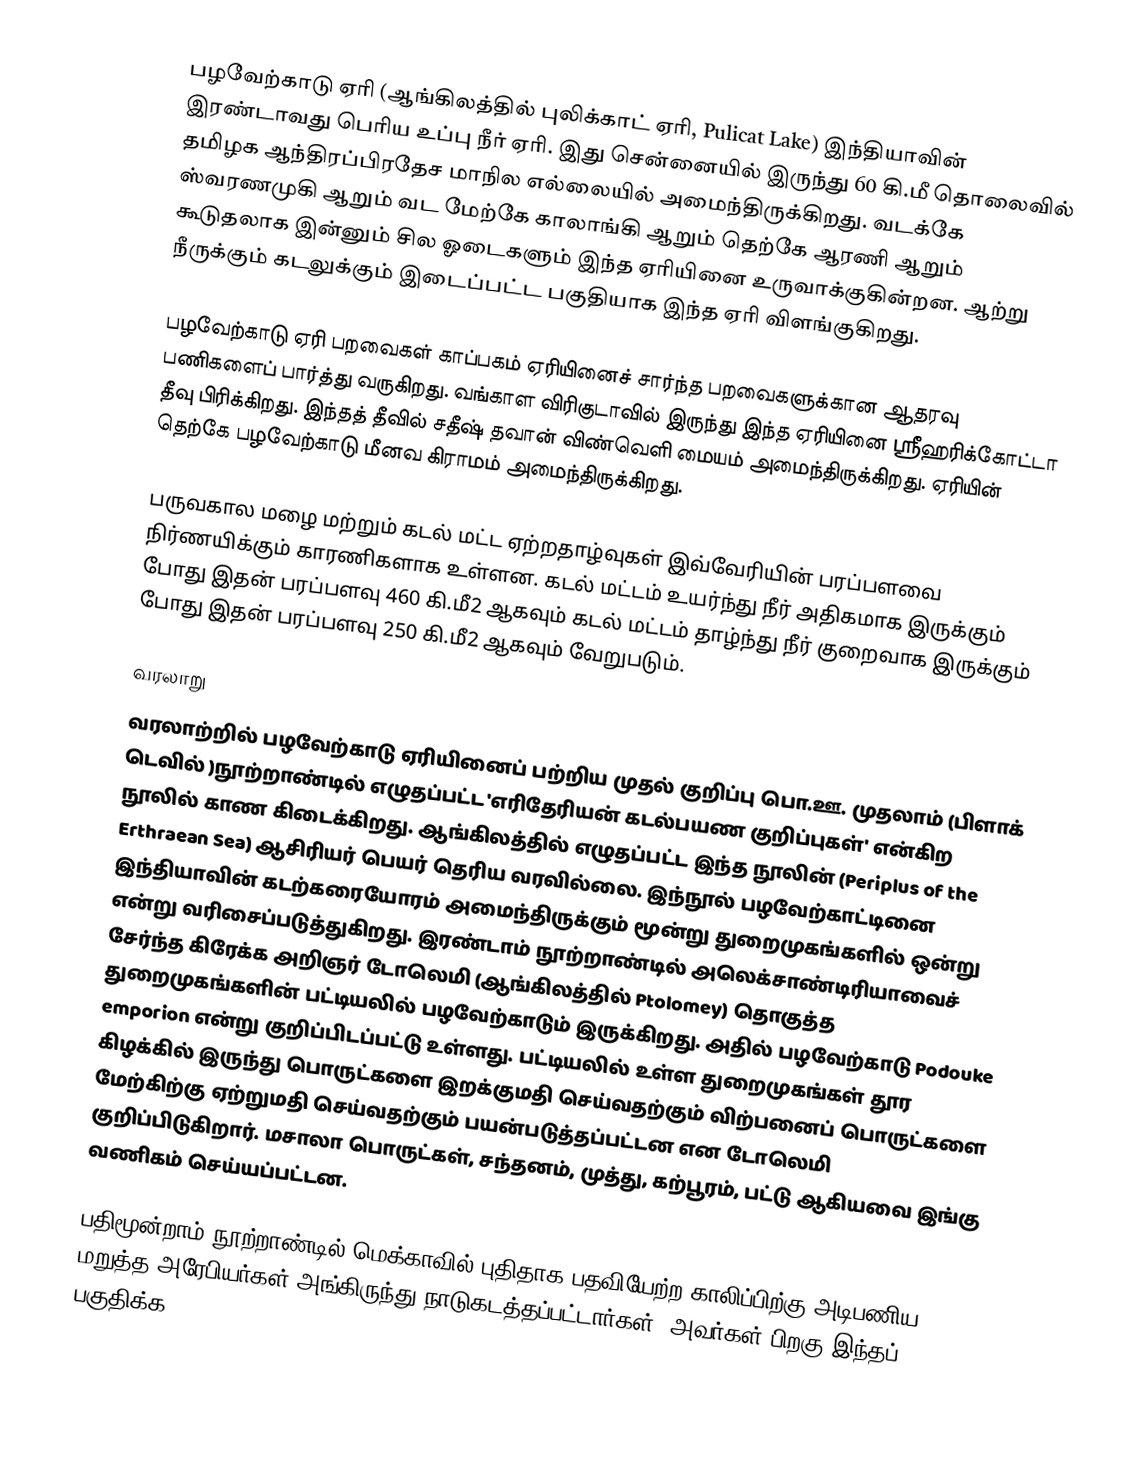
பழவேற்காடு ஏரி (ஆங்கிலத்தில் புலிக்காட் ஏரி, Pulicat Lake) இந்தியாவின் இரண்டாவது பெரிய உப்பு நீர் ஏரி. இது சென்னையில் இருந்து 60 கி.மீ தொலைவில் தமிழக ஆந்திரப்பிரதேச மாநில எல்லையில் அமைந்திருக்கிறது. வடக்கே ஸ்வரணமுகி ஆறும் வட மேற்கே காலாங்கி ஆறும் தெற்கே ஆரணி ஆறும் கூடுதலாக இன்னும் சில ஓடைகளும் இந்த ஏரியினை உருவாக்குகின்றன. ஆற்று நீருக்கும் கடலுக்கும் இடைப்பட்ட பகுதியாக இந்த ஏரி விளங்குகிறது.

பழவேற்காடு ஏரி பறவைகள் காப்பகம் ஏரியினைச் சார்ந்த பறவைகளுக்கான ஆதரவு பணிகளைப் பார்த்து வருகிறது. வங்காள விரிகுடாவில் இருந்து இந்த ஏரியினை ஸ்ரீஹரிக்கோட்டா தீவு பிரிக்கிறது. இந்தத் தீவில் சதீஷ் தவான் விண்வெளி மையம் அமைந்திருக்கிறது. ஏரியின் தெற்கே பழவேற்காடு மீனவ கிராமம் அமைந்திருக்கிறது.

பருவகால மழை மற்றும் கடல் மட்ட ஏற்றதாழ்வுகள் இவ்வேரியின் பரப்பளவை நிர்ணயிக்கும் காரணிகளாக உள்ளன. கடல் மட்டம் உயர்ந்து நீர் அதிகமாக இருக்கும் போது இதன் பரப்பளவு 460 கி.மீ2 ஆகவும் கடல் மட்டம் தாழ்ந்து நீர் குறைவாக இருக்கும் போது இதன் பரப்பளவு 250 கி.மீ2 ஆகவும் வேறுபடும்.

வரலாறு
வரலாற்றில் பழவேற்காடு ஏரியினைப் பற்றிய முதல் குறிப்பு பொ.ஊ. முதலாம் (பிளாக் டெவில் )நூற்றாண்டில் எழுதப்பட்ட 'எரிதேரியன் கடல்பயண குறிப்புகள்' என்கிற நூலில் காண கிடைக்கிறது. ஆங்கிலத்தில் எழுதப்பட்ட இந்த நூலின் (Periplus of the Erthraean Sea) ஆசிரியர் பெயர் தெரிய வரவில்லை. இந்நூல் பழவேற்காட்டினை இந்தியாவின் கடற்கரையோரம் அமைந்திருக்கும் மூன்று துறைமுகங்களில் ஒன்று என்று வரிசைப்படுத்துகிறது. இரண்டாம் நூற்றாண்டில் அலெக்சாண்டிரியாவைச் சேர்ந்த கிரேக்க அறிஞர் டோலெமி (ஆங்கிலத்தில்  Ptolomey) தொகுத்த துறைமுகங்களின் பட்டியலில் பழவேற்காடும் இருக்கிறது. அதில் பழவேற்காடு Podouke emporion என்று குறிப்பிடப்பட்டு உள்ளது. பட்டியலில் உள்ள துறைமுகங்கள் தூர கிழக்கில் இருந்து பொருட்களை இறக்குமதி செய்வதற்கும் விற்பனைப் பொருட்களை மேற்கிற்கு ஏற்றுமதி செய்வதற்கும் பயன்படுத்தப்பட்டன என டோலெமி குறிப்பிடுகிறார். மசாலா பொருட்கள், சந்தனம், முத்து, கற்பூரம், பட்டு ஆகியவை இங்கு வணிகம் செய்யப்பட்டன.

பதிமூன்றாம் நூற்றாண்டில் மெக்காவில் புதிதாக பதவியேற்ற காலிப்பிற்கு அடிபணிய மறுத்த அரேபியர்கள் அங்கிருந்து நாடுகடத்தப்பட்டார்கள். அவர்கள் பிறகு இந்தப் பகுதிக்க